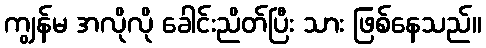
ကျွန်မ အလိုလို ခေါင်းညိတ်ပြီး သား ဖြစ်နေသည်။